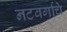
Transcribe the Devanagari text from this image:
नटवर्गाचे